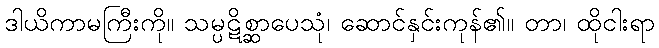
ဒါယိကာမကြီးကို။ သမ္ပဋိစ္ဆာပေသုံ၊ ဆောင်နှင်းကုန်၏။ တာ၊ ထိုငါးရာ